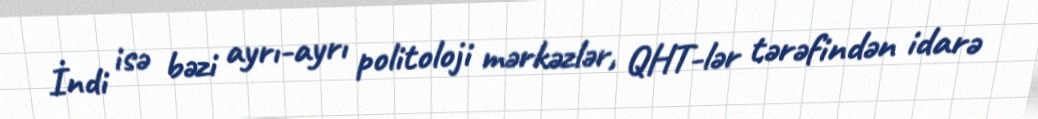
İndi isə bəzi ayrı-ayrı politoloji mərkəzlər, QHT-lər tərəfindən idarə